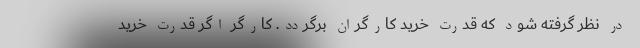
در نظر گرفته شود که قدرت خرید کارگران برگردد. کارگر اگر قدرت خرید